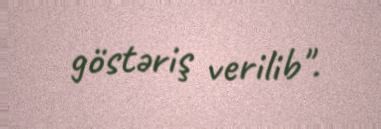
göstəriş verilib".